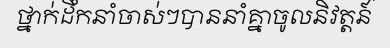
ថ្នាក់ដឹកនាំចាស់ៗបាននាំគ្នាចូលនិវត្តន៍